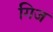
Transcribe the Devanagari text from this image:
गिज